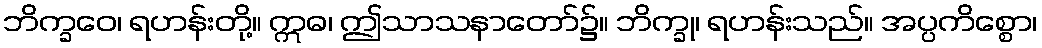
ဘိက္ခဝေ၊ ရဟန်းတို့။ ဣဓ၊ ဤသာသနာတော်၌။ ဘိက္ခု၊ ရဟန်းသည်။ အပ္ပကိစ္စော၊